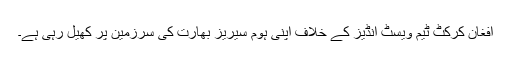
افغان کرکٹ ٹیم ویسٹ انڈیز کے خلاف اپنی ہوم سیریز بھارت کی سرزمین پر کھیل رہی ہے۔